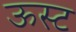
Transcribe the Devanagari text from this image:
ऊस्ट